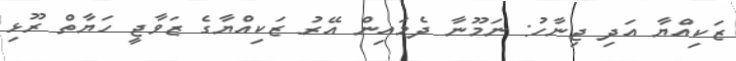
ޒަކިއްޔާ އަދި ޖިނާހު: ނަމޫނާ ދެމައިން އޭރު ޒަކިއްޔާގެ ޒަވާޖީ ހަޔާތް ރޫޅި